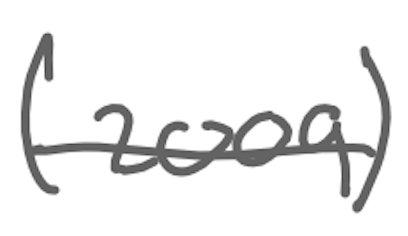
Text: (2009)
Cross-out: single-line
Writing tool: digital_gray